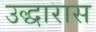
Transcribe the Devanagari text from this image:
उद्धारास